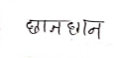
मजकूर: छानछान